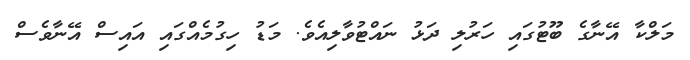
މަލްކާ އޭނާގެ ބޫޓުގައި ހަރުލި ދަޅު ނައްޓުވާލިއެވެ. މަޑު ހިގުމެއްގައި އައިސް އޭނާވެސް